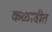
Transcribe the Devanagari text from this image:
कळावीत